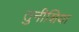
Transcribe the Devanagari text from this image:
तुनीशिया